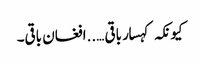
کیونکہ کہسار باقی …..افغان باقی۔